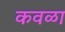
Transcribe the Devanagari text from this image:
कवळा